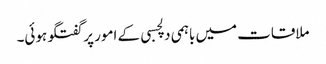
ملاقات میں باہمی دلچسبی کے امور پر گفتگو ہوئی۔